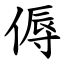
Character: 傉